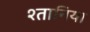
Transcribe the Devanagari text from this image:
श्तानिया